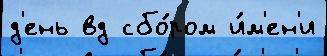
д'ень вд сбо́ром и́м'ен'и